Kloostri_vallavalitsus, lk 17
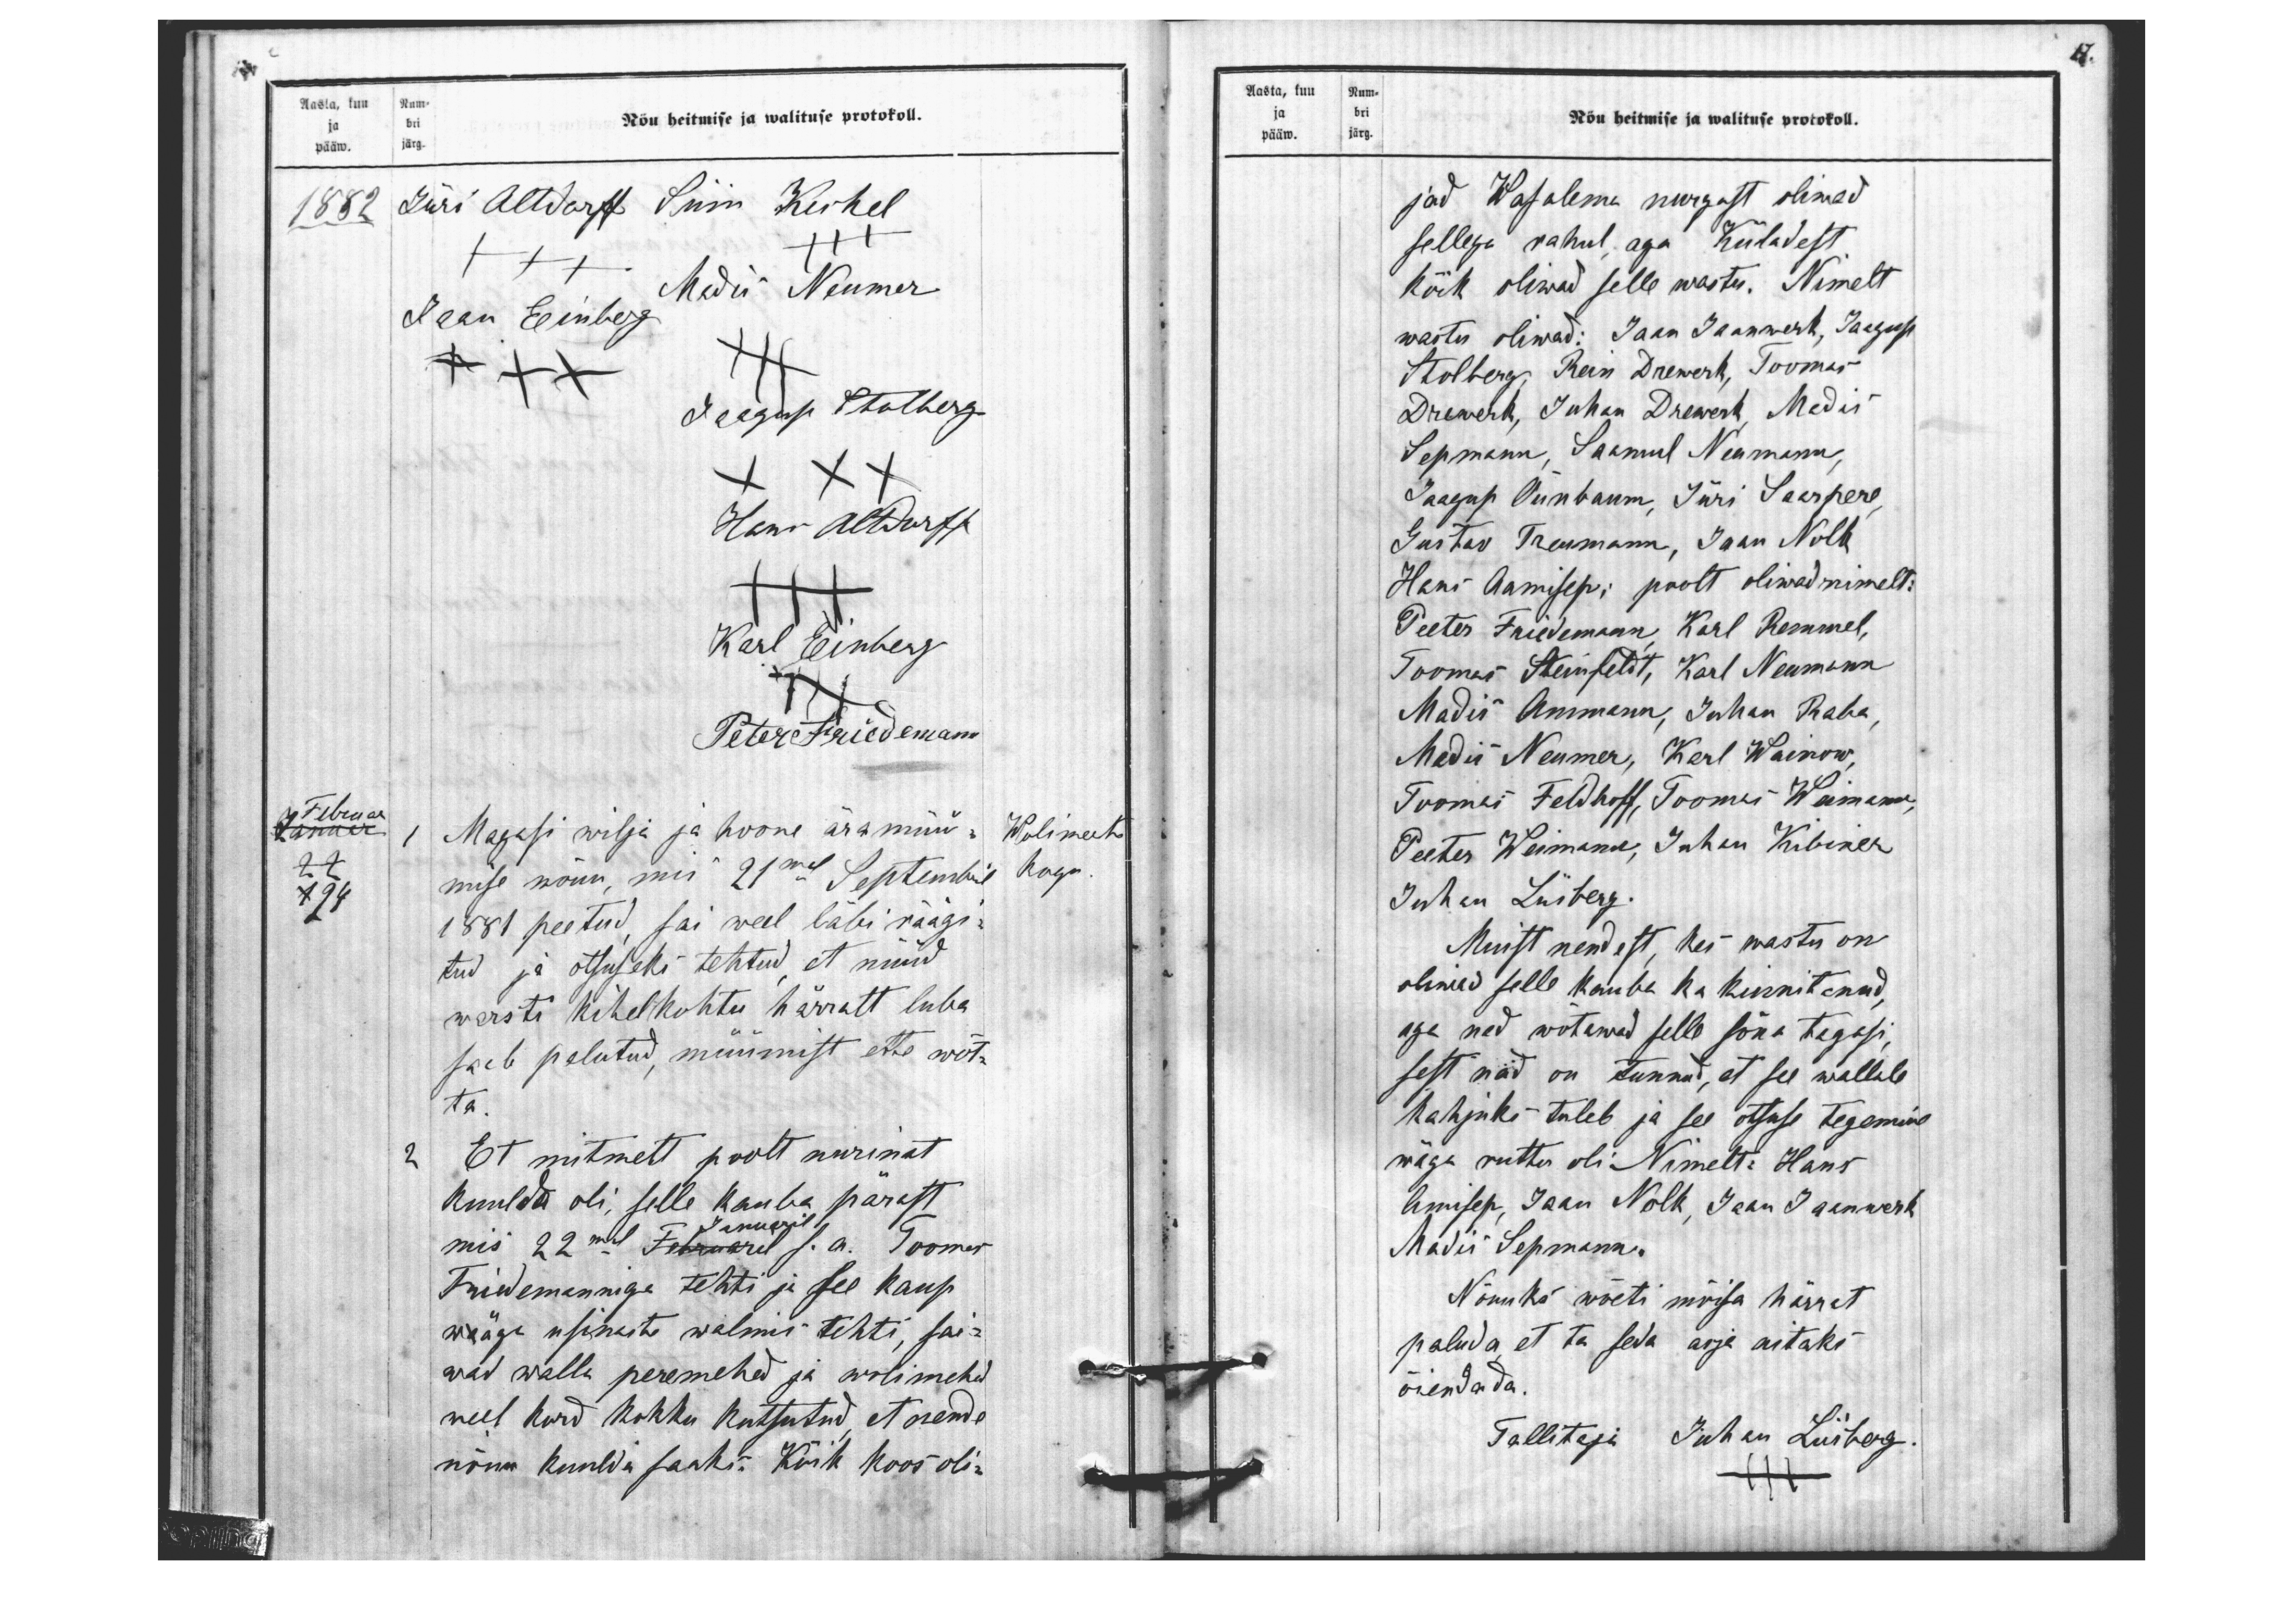
Aasta, kuu Num-
ja bri
pääw. järg.
Nõu heitmise ja walituse protokoll.
1882
Jüri Altdorff Siim Kirhel.
+++
+++
Madis Neumer
Jaan Einberg
+++
+++
Jaagup Stolberg
XXX
Hans Altdorff
Karl Einberg
+++
Peter Friedemann
Februar
1 Magasi wilja ja hoone ära müü
Wolimees
Januar
22
124
mise nõuu, mis 21mal Septembril
kogu
1881 peetud, sai weel läbi räägi-
tud ja otsuseks tehtud et nüüd
warsti kihelkohtu härralt luba
saab palutud, müümist ette wõt-
ta.
2 Et mitmelt poolt nurinat
kuulda oli, selle kauba pärast
Januaril
mis 22mal Februaril s.a. Toomas
Friedemanniga tehti ja see kaup
waäga usinaste walmis tehti, sai-
wad walla peremehed ja wolimehed
weel kord kokku kutsutud, et nende
nõuu kuulda saaks. Kõik koos oli-

17.
ja bri
järg. pääw.
Aasta, kuu Num.
Nõu heitmise ja walituse protokoll.
jad Wasalema nurgast oliwad
sellega rahul aga Küladest
kõik oliwad selle wastu. Nimelt
wastu oliwad: Jaan Jaanwerk, Jaagup
Stolberg, Rein Drewerk, Toomas
Drewerk, Juhan Drewerk, Madis
Sepmann, Saamul Neumann,
Jaagup Õunbaum Jüri Saarpere
Gustav Treumann, Jaan Nolk,
Hans Aamisep; poolt oliwad nimelt:
Peeter Friedemann Karl Remmel,
Toomas Steinfeldt, Karl Neumann
Madis Ammann, Juhan Raha
Madis Neumer, Karl Wainow
Toomas Feldhoff, Toomes Weimann,
Peeter Weimann, Juhan Kibiner
Juhan Liisberg.
Muist nendest, kes wastu on
oliwad selle kauba ka kinnitanud,
aga ned wõtawad selle sõna tagasi
sest nad on tunnud, et see wallale
kahjuks tuleb ja see otsuse tegemine
wäga ruttu oli. Nimelt: Hans
Amisep, Jaan Nolk, Jaan Jaanwerk,
Madis Sepmann.
Nõuuks wõeti mõisa härrat
paluda, et ta seda asja aitaks
õiendada.
Tallitaja Juhan Liisberg.